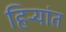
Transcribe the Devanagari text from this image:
हिर्‍यांत